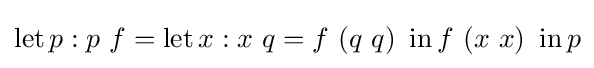
\operatorname {let} p:p\ f=\operatorname {let} x:x\ q=f\ (q\ q)\ \operatorname {in} f\ (x\ x)\ \operatorname {in} p